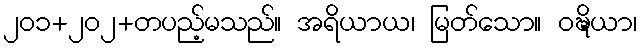
၂၀၁+၂၀၂+တပည့်မသည်။ အရိယာယ၊ မြတ်သော။ ဝဍ္ဎိယာ၊